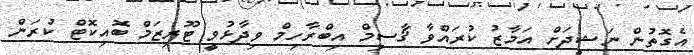
އެގޮތުން ނަޝީދަށް އަމާޒު ކުރައްވާ ޤާސިމް އިބްރާހިމް ވިދާޅުވީ ޓޫރިޒަމް ބޮއިކޮޓް ކުރަން